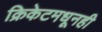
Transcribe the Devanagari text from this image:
क्रिकेटमधूनही